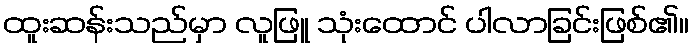
ထူးဆန်းသည်မှာ လူဖြူ သုံးထောင် ပါလာခြင်းဖြစ်၏။